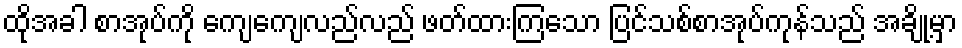
ထိုအခါ စာအုပ်ကို ကျေကျေလည်လည် ဖတ်ထားကြသော ပြင်သစ်စာအုပ်ကုန်သည် အချို့မှာ